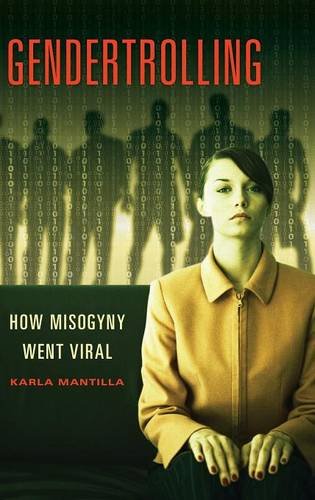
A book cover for Gendertrolling: How Misogyny Went Viral; Karla Mantilla; Politics & Social Sciences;